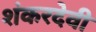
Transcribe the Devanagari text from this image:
शंकरदेवी